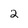
Character: 2